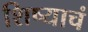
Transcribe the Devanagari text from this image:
शिष्याचं